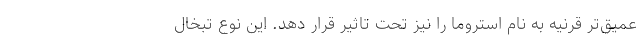
عمیق‌تر قرنیه به نام استروما را نیز تحت تاثیر قرار دهد. این نوع تبخال